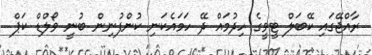
ރާއްޖޭގައި ކޭބަލް ޓީވީގެ ހިދުމައް ދޭ ހަމައެކަނި ކުންފުނިން ބުނީ ވޯލްޑް ކަޕް